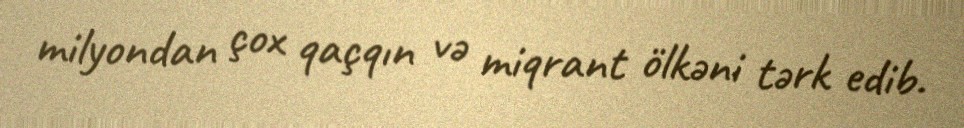
milyondan çox qaçqın və miqrant ölkəni tərk edib.